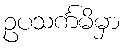
ဥပသင်္ကမိမှာ